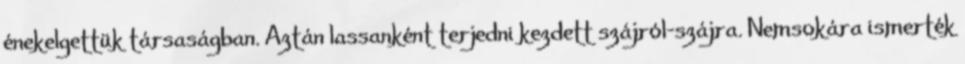
énekelgettük társaságban. Aztán lassanként terjedni kezdett szájról-szájra. Nemsokára ismerték